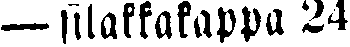
— silakkakappa 24